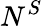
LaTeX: N^{S}